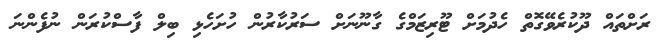
ރަށްތައް ދޫކުރެވޭގޮތް ހެދުމަށް ޓޫރިޒަމްގެ ގާނޫނަށް ސަރުކާރުން ހުށަހެޅި ބިލް ފާސްކުރަން ނުފެންނަ